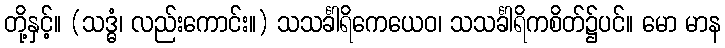
တို့နှင့်။ (သဒ္ဓံ၊ လည်းကောင်း။) သသင်္ခါရိကေယေဝ၊ သသင်္ခါရိကစိတ်၌ပင်။ မော မာန